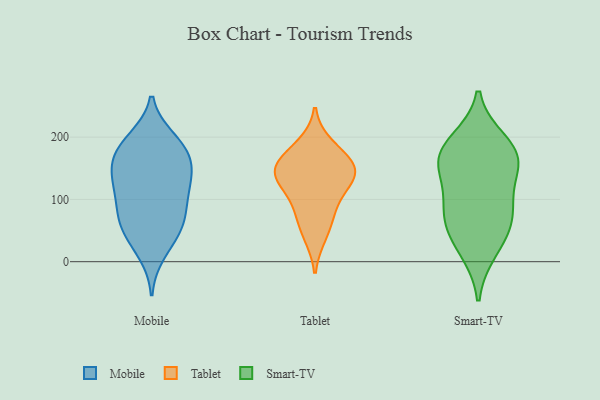
{"axis": {"x": "Temperature (°C)", "y": "Value"}, "legend": ["Mobile", "Smart-TV", "Tablet"], "data": [{"x": "", "y": 76, "type": "Mobile"}, {"x": "", "y": 161, "type": "Mobile"}, {"x": "", "y": 116, "type": "Mobile"}, {"x": "", "y": 123, "type": "Mobile"}, {"x": "", "y": 35, "type": "Mobile"}, {"x": "", "y": 135, "type": "Mobile"}, {"x": "", "y": 14, "type": "Mobile"}, {"x": "", "y": 195, "type": "Mobile"}, {"x": "", "y": 146, "type": "Mobile"}, {"x": "", "y": 197, "type": "Mobile"}, {"x": "", "y": 186, "type": "Mobile"}, {"x": "", "y": 55, "type": "Mobile"}, {"x": "", "y": 168, "type": "Mobile"}, {"x": "", "y": 167, "type": "Mobile"}, {"x": "", "y": 87, "type": "Mobile"}, {"x": "", "y": 56, "type": "Mobile"}, {"x": "", "y": 70, "type": "Mobile"}, {"x": "", "y": 118, "type": "Mobile"}, {"x": "", "y": 141, "type": "Tablet"}, {"x": "", "y": 139, "type": "Tablet"}, {"x": "", "y": 124, "type": "Tablet"}, {"x": "", "y": 42, "type": "Tablet"}, {"x": "", "y": 187, "type": "Tablet"}, {"x": "", "y": 141, "type": "Tablet"}, {"x": "", "y": 72, "type": "Tablet"}, {"x": "", "y": 165, "type": "Tablet"}, {"x": "", "y": 158, "type": "Tablet"}, {"x": "", "y": 92, "type": "Tablet"}, {"x": "", "y": 70, "type": "Smart-TV"}, {"x": "", "y": 87, "type": "Smart-TV"}, {"x": "", "y": 192, "type": "Smart-TV"}, {"x": "", "y": 159, "type": "Smart-TV"}, {"x": "", "y": 19, "type": "Smart-TV"}, {"x": "", "y": 178, "type": "Smart-TV"}, {"x": "", "y": 159, "type": "Smart-TV"}, {"x": "", "y": 91, "type": "Smart-TV"}, {"x": "", "y": 157, "type": "Smart-TV"}, {"x": "", "y": 44, "type": "Smart-TV"}]}